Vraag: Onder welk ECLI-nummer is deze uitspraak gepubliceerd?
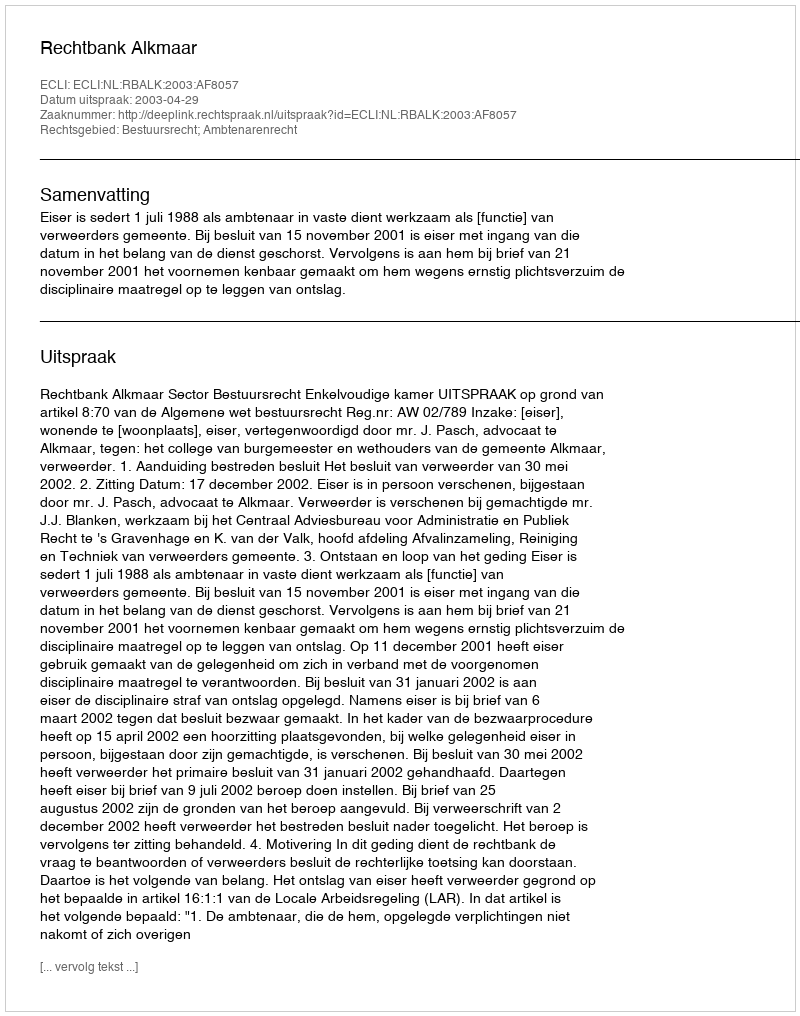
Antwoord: ECLI:NL:RBALK:2003:AF8057